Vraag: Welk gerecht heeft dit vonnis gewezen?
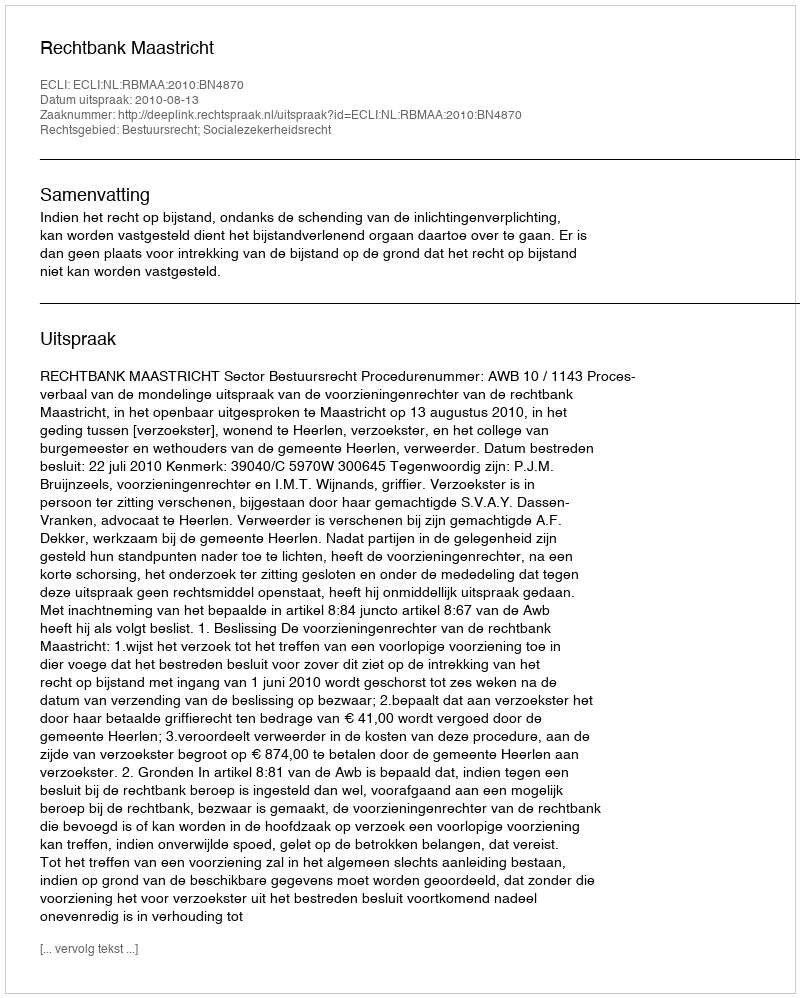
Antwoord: Rechtbank Maastricht